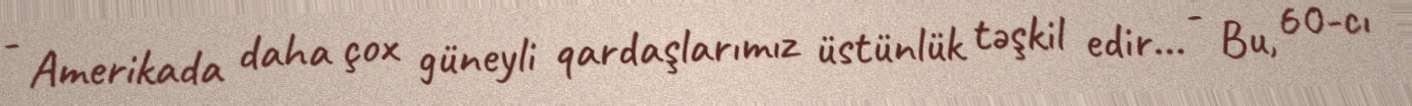
- Amerikada daha çox güneyli qardaşlarımız üstünlük təşkil edir... - Bu, 60-cı